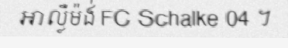
អាល្លឺម៉ង់ FC Schalke 04 ។